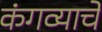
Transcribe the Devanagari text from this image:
कंगव्याचे